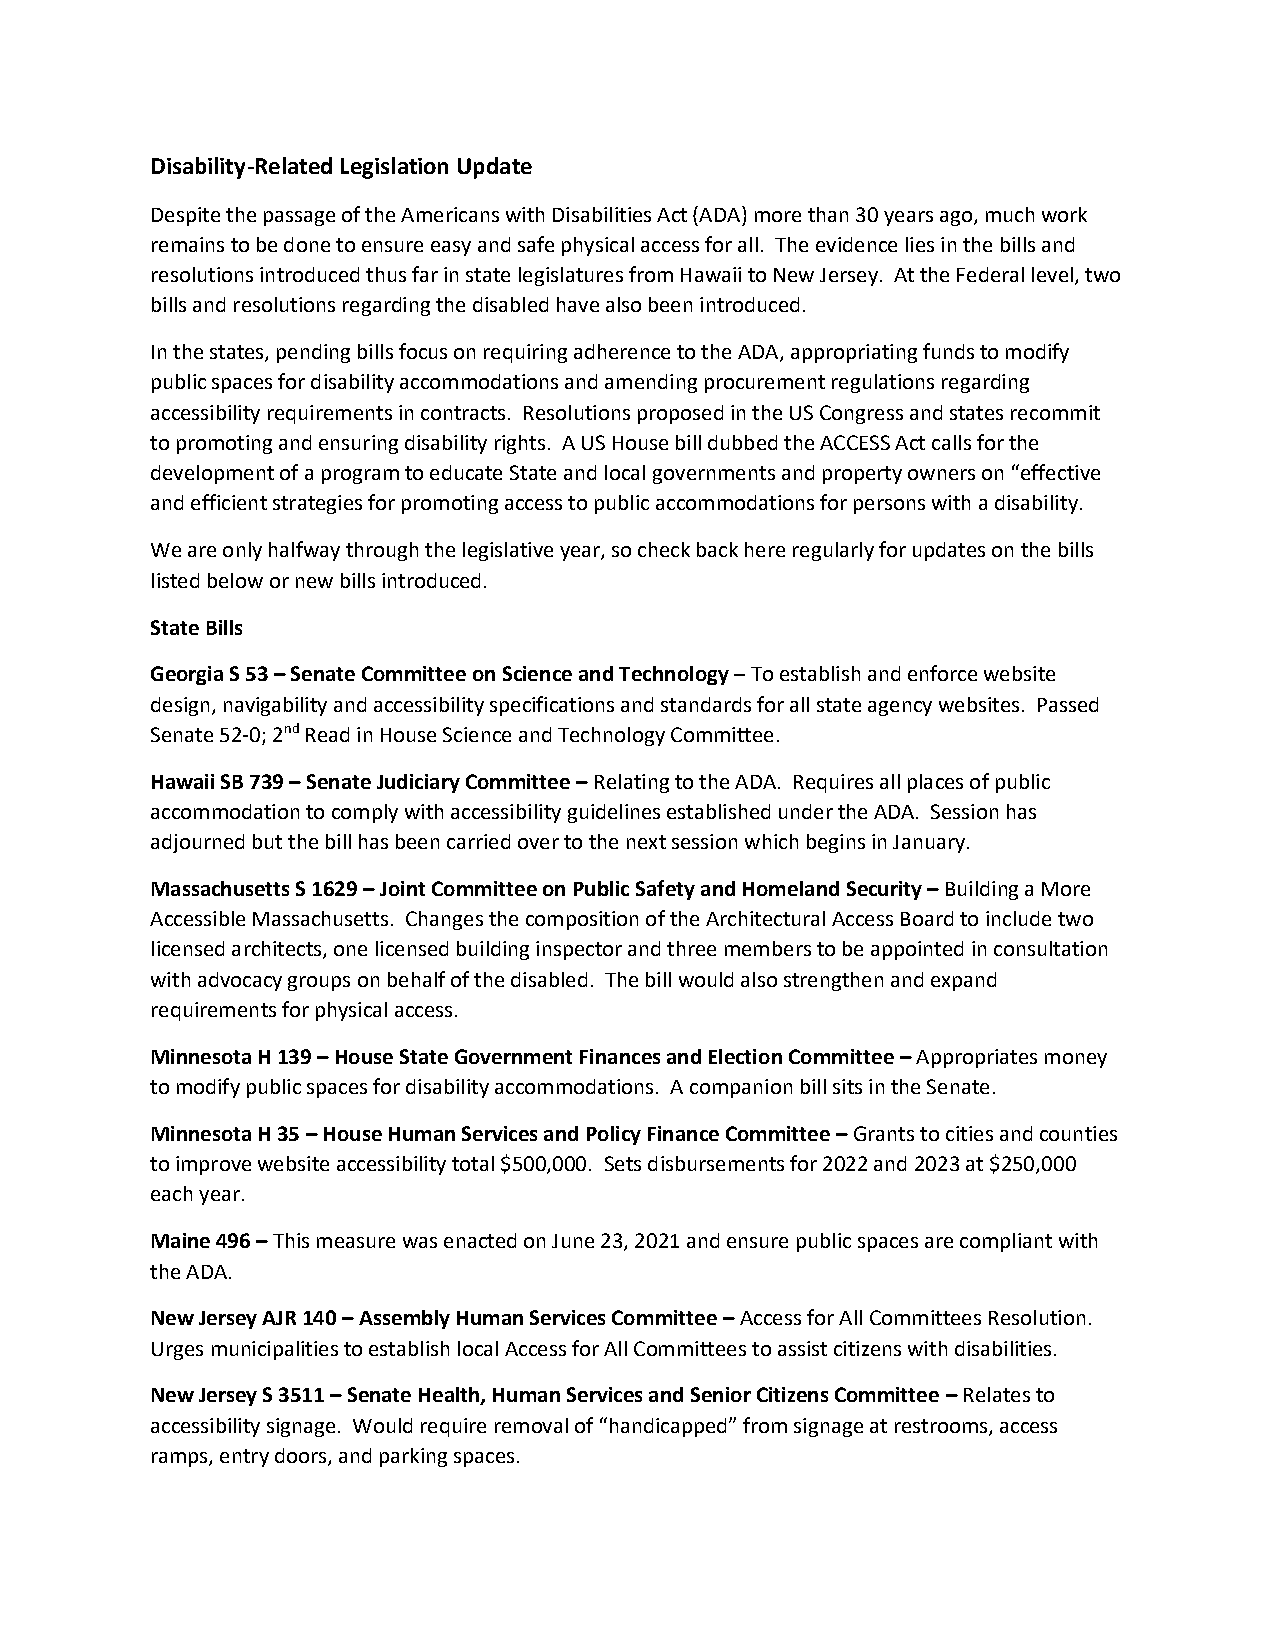
Disability-Related Legislation Update
 Despite the passage of the Americans with Disabilities Act (ADA) more than 30 years ago, much work
 remains to be done to ensure easy and safe physical access for all. The evidence lies in the bills and
 resolutions introduced thus far in state legislatures from Hawaii to New Jersey. At the Federal level, two
 bills and resolutions regarding the disabled have also been introduced.
 In the states, pending bills focus on requiring adherence to the ADA, appropriating funds to modify
 public spaces for disability accommodations and amending procurement regulations regarding
 accessibility requirements in contracts. Resolutions proposed in the US Congress and states recommit
 to promoting and ensuring disability rights. A US House bill dubbed the ACCESS Act calls for the
 development of a program to educate State and local governments and property owners on “effective
 and efficient strategies for promoting access to public accommodations for persons with a disability.
 We are only halfway through the legislative year, so check back here regularly for updates on the bills
 listed below or new bills introduced.
 State Bills
 Georgia S 53 – Senate Committee on Science and Technology – To establish and enforce website
 design, navigability and accessibility specifications and standards for all state agency websites. Passed
 Senate 52-0; 2nd Read in House Science and Technology Committee.
 Hawaii SB 739 – Senate Judiciary Committee – Relating to the ADA. Requires all places of public
 accommodation to comply with accessibility guidelines established under the ADA. Session has
 adjourned but the bill has been carried over to the next session which begins in January.
 Massachusetts S 1629 – Joint Committee on Public Safety and Homeland Security – Building a More
 Accessible Massachusetts. Changes the composition of the Architectural Access Board to include two
 licensed architects, one licensed building inspector and three members to be appointed in consultation
 with advocacy groups on behalf of the disabled. The bill would also strengthen and expand
 requirements for physical access.
 Minnesota H 139 – House State Government Finances and Election Committee – Appropriates money
 to modify public spaces for disability accommodations. A companion bill sits in the Senate.
 Minnesota H 35 – House Human Services and Policy Finance Committee – Grants to cities and counties
 to improve website accessibility total $500,000. Sets disbursements for 2022 and 2023 at $250,000
 each year.
 Maine 496 – This measure was enacted on June 23, 2021 and ensure public spaces are compliant with
 the ADA.
 New Jersey AJR 140 – Assembly Human Services Committee – Access for All Committees Resolution.
 Urges municipalities to establish local Access for All Committees to assist citizens with disabilities.
 New Jersey S 3511 – Senate Health, Human Services and Senior Citizens Committee – Relates to
 accessibility signage. Would require removal of “handicapped” from signage at restrooms, access
 ramps, entry doors, and parking spaces.